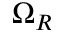
\Omega _ { R }